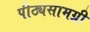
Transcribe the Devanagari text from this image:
पीठ्यसामग्री